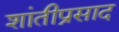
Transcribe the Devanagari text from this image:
शांतीप्रसाद